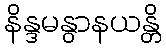
နိန္ဒမနွာနယန္တိ